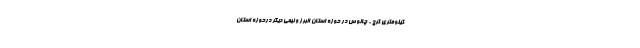
کیلومتری کرج - چالوس در حوزه استان البرز و نیمی دیگر درحوزه استان